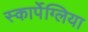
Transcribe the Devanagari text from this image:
स्कार्पेग्लिया